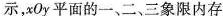
示，x0y平面的一、二、三象限内存